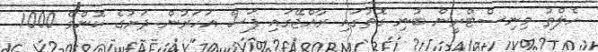
ހެލްތު މިނިސްޓްރީން ބުނި ގޮތުގައި ރާއްޖޭގައި ފަސް އަހަރުން ދަށުގެ ކޮންމެ 1000